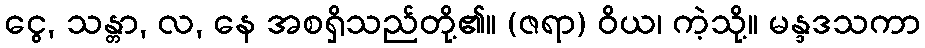
ငွေ, သန္တာ, လ, နေ အစရှိသည်တို့၏။ (ဇရာ) ဝိယ၊ ကဲ့သို့။ မန္ဒဒသကာ